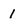
Character: 1